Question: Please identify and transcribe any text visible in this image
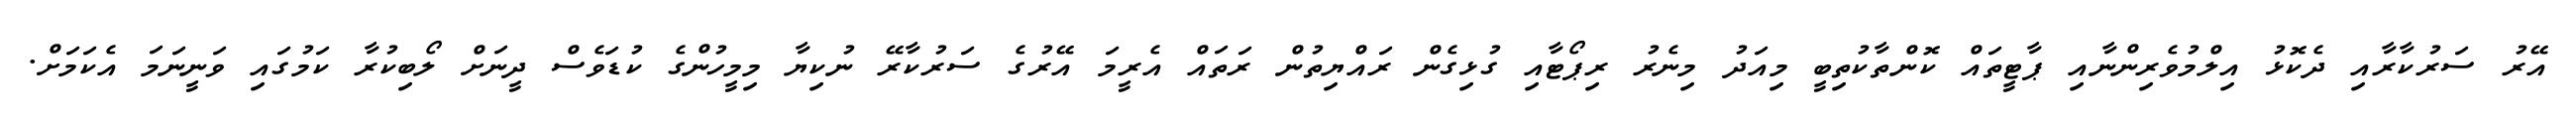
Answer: އޭރު ސަރުކާރާއި ދެކޮޅު އިލްމުވެރިންނާއި ޕާޓީތައް ކޮންތާކުތިބީ މިއަދު މިނެރު ރިޕޯޓާއި ގުޅިގެން ރައްޔިތުން ރަތައް އެރީމަ އޭރުގެ ސަރުކާރޭ ނުކިޔާ މިމީހުންގެ ކުޑަވެސް ދީނަށް ލޯބިކުރާ ކަމުގައި ވަނީނަމަ އެކަމަށް.